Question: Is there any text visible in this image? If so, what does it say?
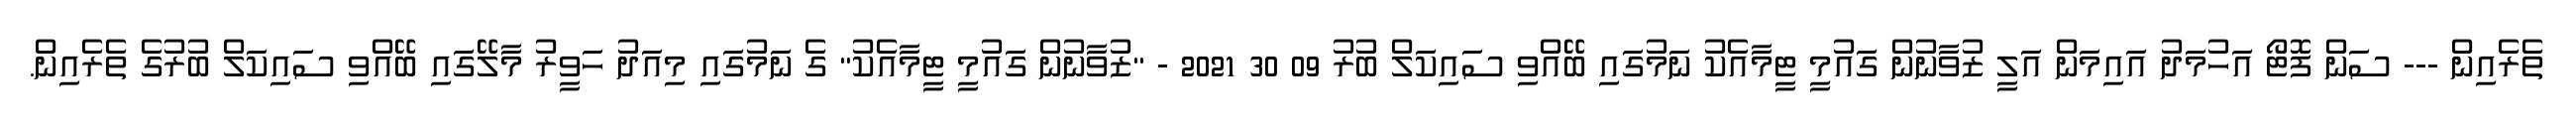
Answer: ތެރެއިން --- ސަން ފޮޓޯ އަހުމަދު އައިމަން އަލީ ޒުވާނުން ގައުމީ ޓީމާއެކު ނަމުގައި ބޭއްވި ސައިކަލް ބުރު 09 30 2021 - "ޒުވާނުން ގައުމީ ޓީމާއެކު" ގެ ނަމުގައި މިއަދު ހަވީރު މާލޭގައި ބޭއްވި ސައިކަލް ބުރުގެ ތެރެއިން.